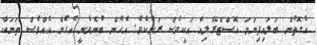
އެގޮތުން ބަލައިފިނަމަ އޮސްޓްރޭލިއާ އަކީވެސް ރަށެކެވެ. އެހެން ބުނެވެނީ އެހެން އެއްވެސް ތަނަކާ